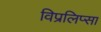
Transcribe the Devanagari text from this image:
विप्रलिप्सा